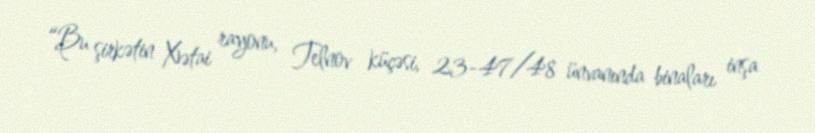
“Bu şirkətin Xətai rayonu, Telnov küçəsi, 23-47/48 ünvanında binaları inşa